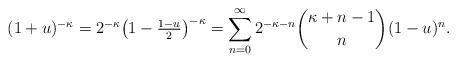
LaTeX: \begin{align*}(1+u)^{-\kappa}&=2^{-\kappa}\bigl(1-\tfrac{1-u}2\bigr)^{-\kappa}=\sum_{n=0}^\infty2^{-\kappa-n}{{\kappa+n-1}\choose{n}}(1-u)^n.\end{align*}